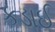
કડાઈ